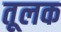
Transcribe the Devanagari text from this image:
तूलक